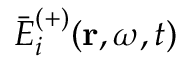
\bar { E } _ { i } ^ { ( + ) } ( \mathbf { r } , \omega , t )